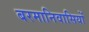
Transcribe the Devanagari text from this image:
बरमानिवासियों